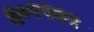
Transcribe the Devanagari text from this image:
६०१९६५